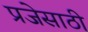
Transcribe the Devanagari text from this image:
प्रजेसाठी